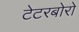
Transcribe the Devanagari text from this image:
टेटरबोरो